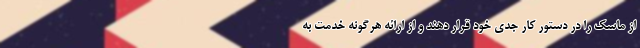
از ماسک را در دستور کار جدی خود قرار دهند و از ارائه هرگونه خدمت به